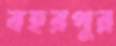
বহরপুর